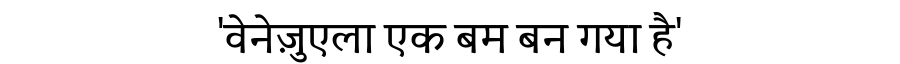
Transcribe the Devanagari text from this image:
'वेनेज़ुएला एक बम बन गया है'